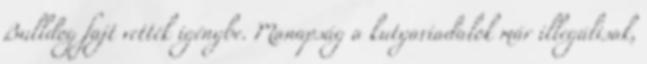
Bulldog fajt vették igénybe. Manapság a kutyaviadalok már illegálisak,